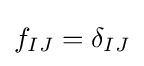
f_{IJ}=\delta _{IJ}